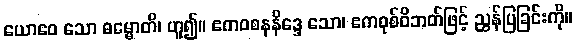
ယောဧဝ သော ဓမ္မောတိ၊ ဟူ၍။ ဧကဝစနနိဒ္ဒေ သော၊ ဧကဝုစ်ဝိဘတ်ဖြင့် ညွှန်ပြခြင်းကို။